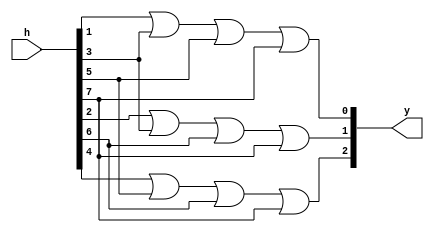
module binary_encoder(h,y);
input [7:0] h;
output [2:0]y;
assign y[0]= h[1]|h[3]|h[5]|h[7];
assign y[1]= h[2]|h[3]|h[6]|h[7];
assign y[2]= h[4]|h[5]|h[6]|h[7];
endmodule